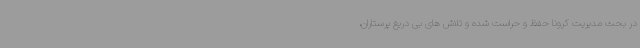
در بحث مدیریت کرونا حفظ و حراست شده و تلاش های بی دریغ پرستاران،